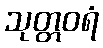
သုတ္တဝရံ